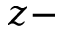
z -